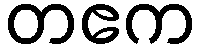
တဧက